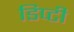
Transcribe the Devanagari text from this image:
डिप्‍टी